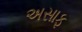
અસાફ